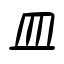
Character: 皿